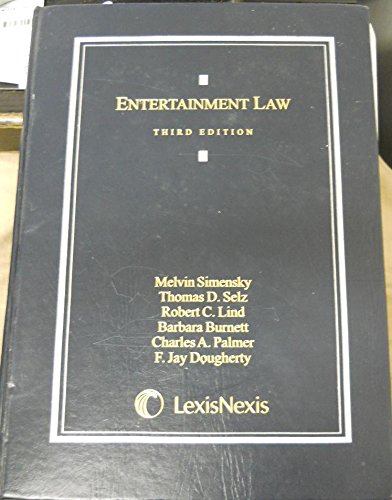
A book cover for Entertainment Law: 3rd (Third) edition; Selz, Palmer, Lind, Burnett Melvin Simensky; Law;